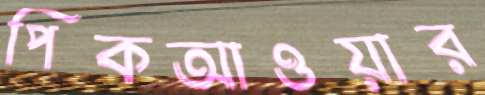
পিকআওয়ার